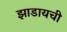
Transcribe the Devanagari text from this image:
झाडायची